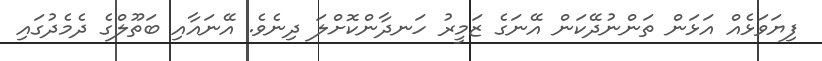
ފިޔަވަޅެއް އަޅަން ތަންނުދޭކަން އޭނަގެ ޒަމީރު ހަނދާންކޮށްލަ ދިނެވެ. އޭނައާއި ބަތޫލްގެ ދެމެދުގައި